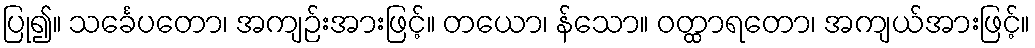
ပြု၍။ သင်္ခေပတော၊ အကျဉ်းအားဖြင့်။ တယော၊ န်သော။ ဝတ္ထာရတော၊ အကျယ်အားဖြင့်။